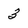
Character: 3